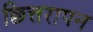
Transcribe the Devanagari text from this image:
छित्तरापन